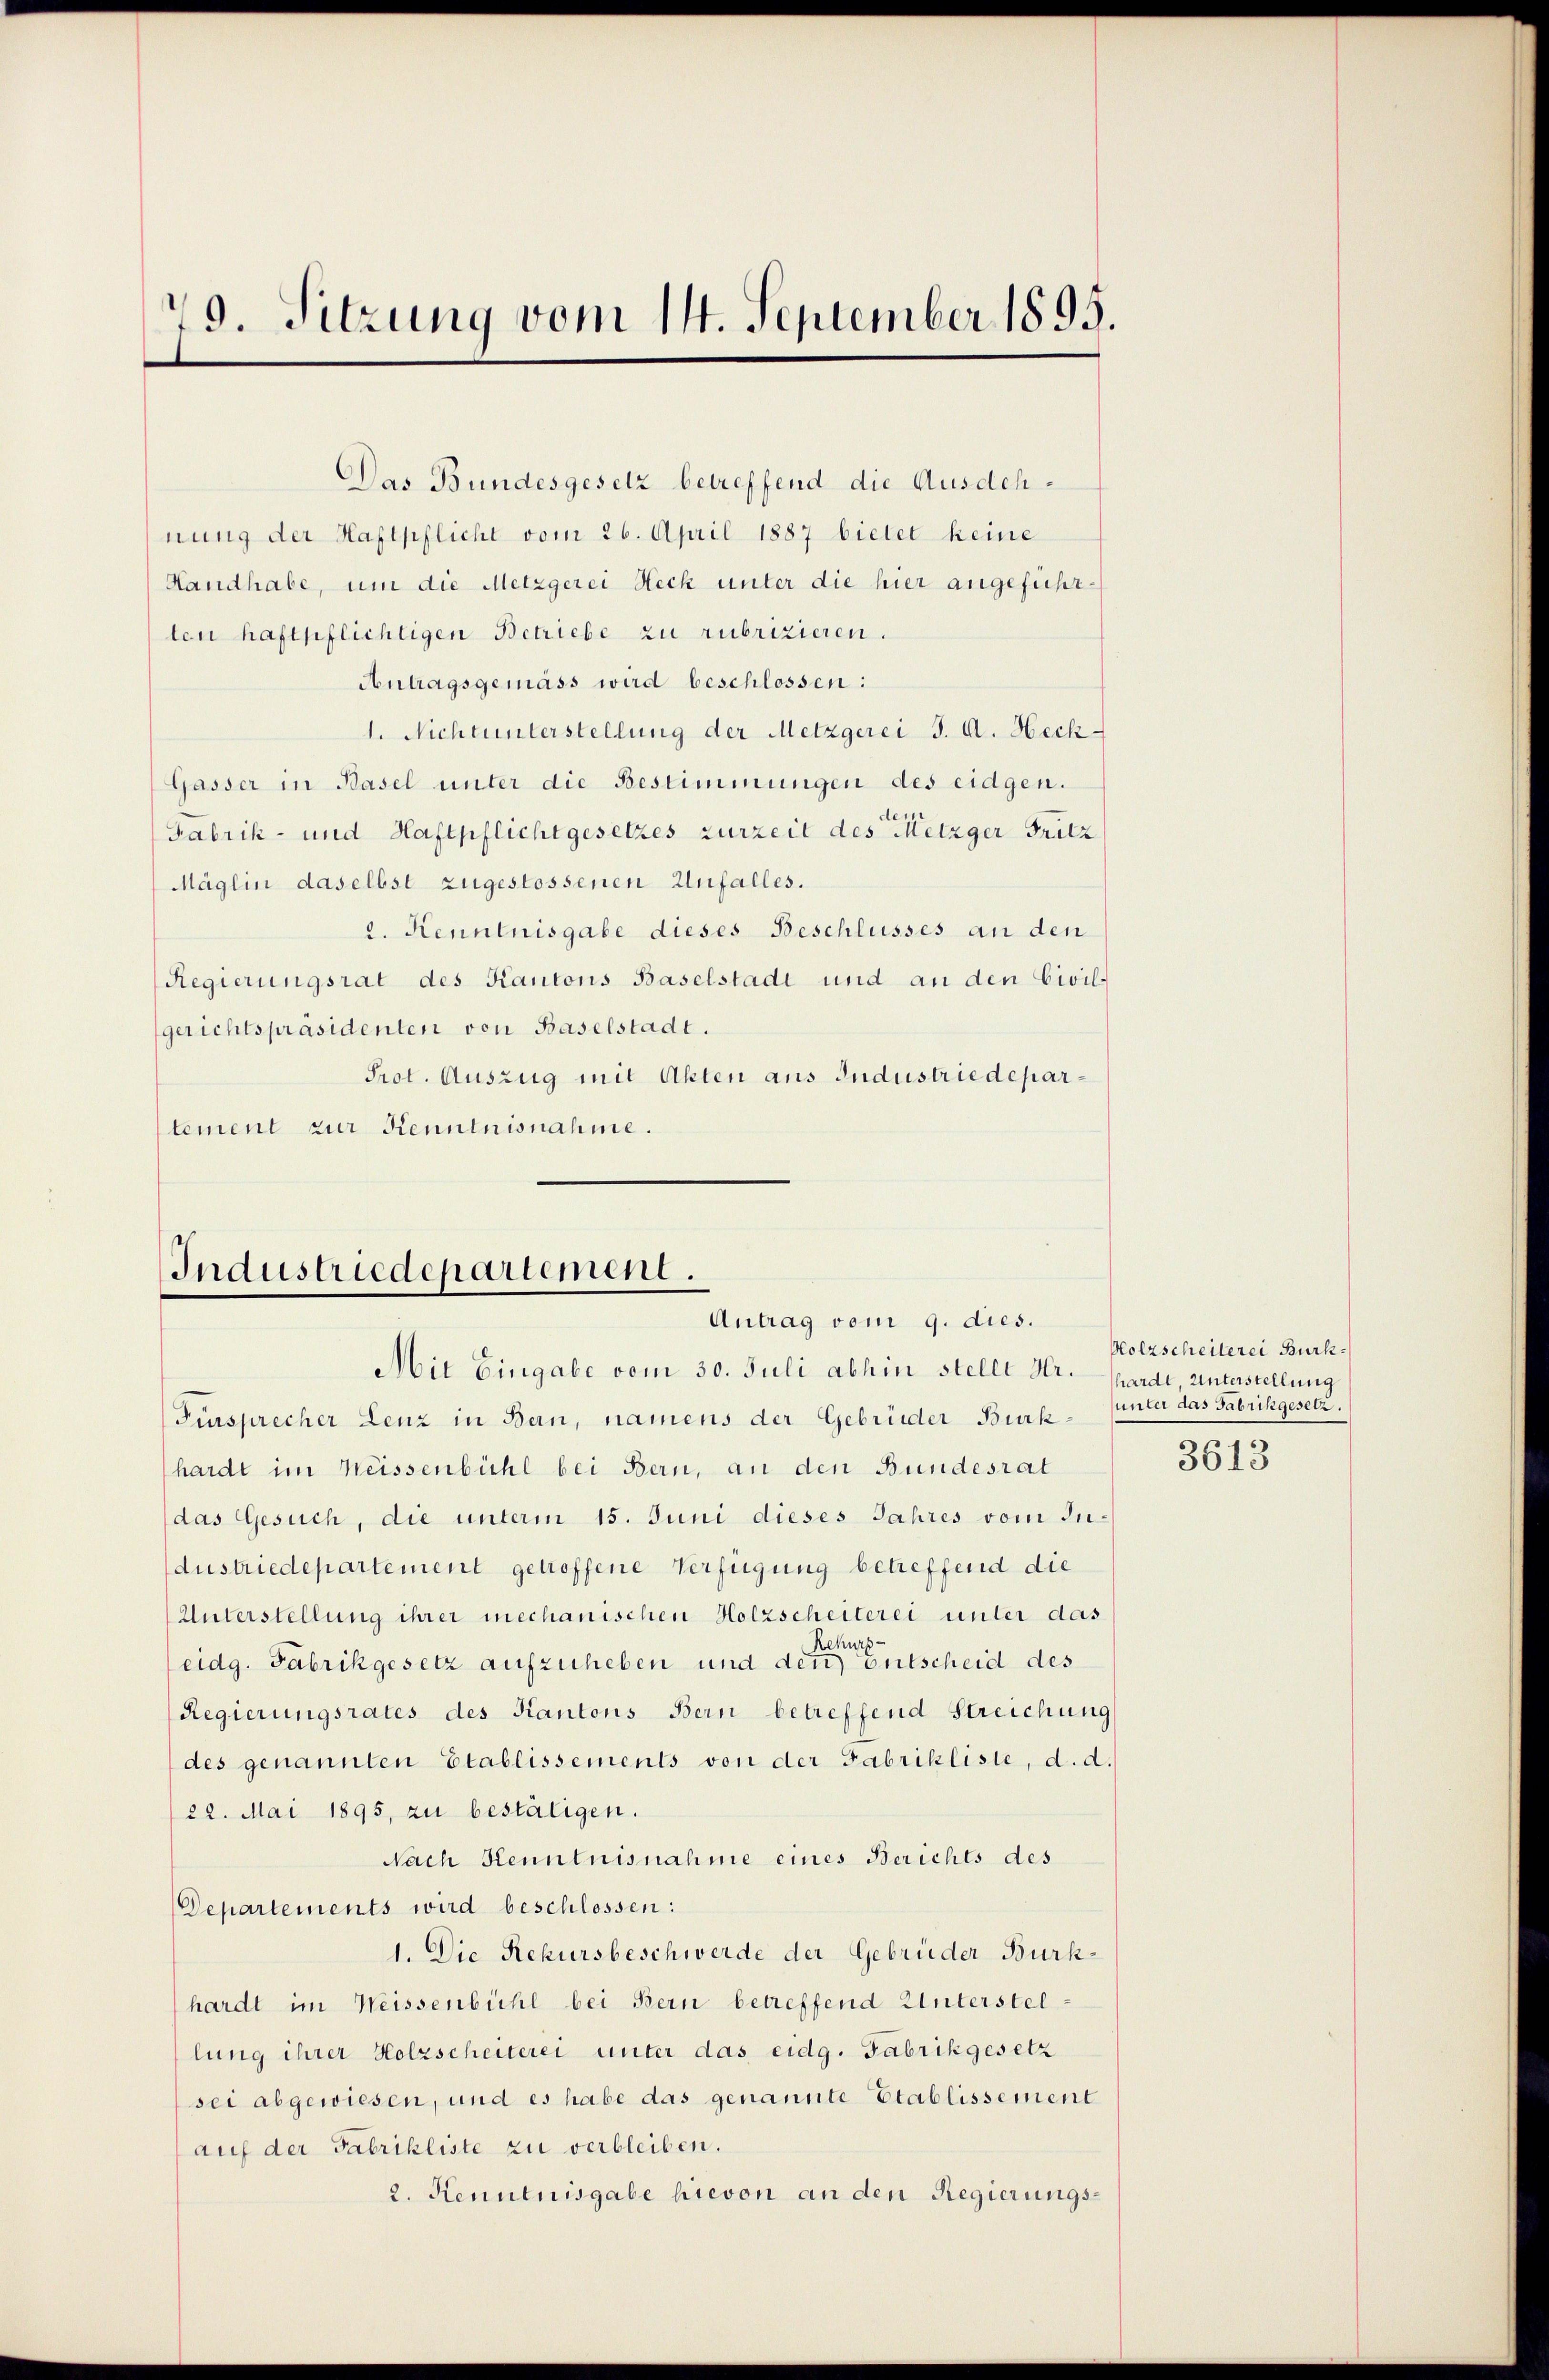
79. Sitzung vom 14. September 1895.

Das Bundesgesetz betreffend die Ausdehnung der Haftpflicht vom 26. April 1887 bietet keine
Handhabe, um die Metzgerei Heck unter die hier angeführlen haftpflichtigen Betriebe zu rubrizieren.
Antragsgemäss wird beschlossen:
1. Nichtunterstellung der Metzgerei J. A. Heck
Gasser in Basel unter die Bestimmungen des eidgen.
Fabrik- und Haftpflicht gesetzes zurzeit des Metzger Fritz
Mäglin daselbst zugestossenen Unfalles.
2. Kenntnisgabe dieses Beschlusses an den
Regierungsrat des Kantons Baselstadt und an den Civilgerichtspräsidenten von Baselstadt.
Prot. Auszug mit Akten aus Industriedepartement zur Kenntnisnahme.

Industriedepartement.
Antrag vom 9. dies.

dustriedepartement getroffene Verfügung betreffend die
Unterstellung ihrer mechanischen Holzscheiterei unter das
eidg. Fabrikgesetz aufzuheben und der eine Entscheid des
Regierungsrates des Kantons Bern betreffend Streichung
des genannten Etablissements von der Fabrikliste, d. d.
22. Mai 1895, zu bestätigen.
Nach Kenntnisnahme eines Berichts des
Departements wird beschlossen:
1. Die Rekursbeschwerde der Gebrüder Burkhardt im Weissenbühl bei Bern betreffend Unterstellung ihrer Holzscheiterei unter das eidg. Fabrikgesetz
sei abgewiesen, und es habe das genannte Etablissement
auf der Fabrikliste zu verbleiben.
2. Kenntnisgabe hievon an den Regierungs¬

Mit Eingabe vom 30. Juli abhin stellt Hr. Pardt unterstellung
Fürsprecher Lenz in Bern, namens der Gebrüder Burkhardt im Weissenbühl bei Bern, an den Bundesrat
das Gesuch, die unterm 15. Juni dieses Jahres vom In¬

Holzscheilerei Burk
unter das Fabrikgesetz.

3613